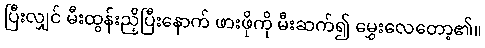
ပြီးလျှင် မီးထွန်းညှိပြီးနောက် ဖားဖိုကို မီးဆက်၍ မွှေးလေတော့၏။